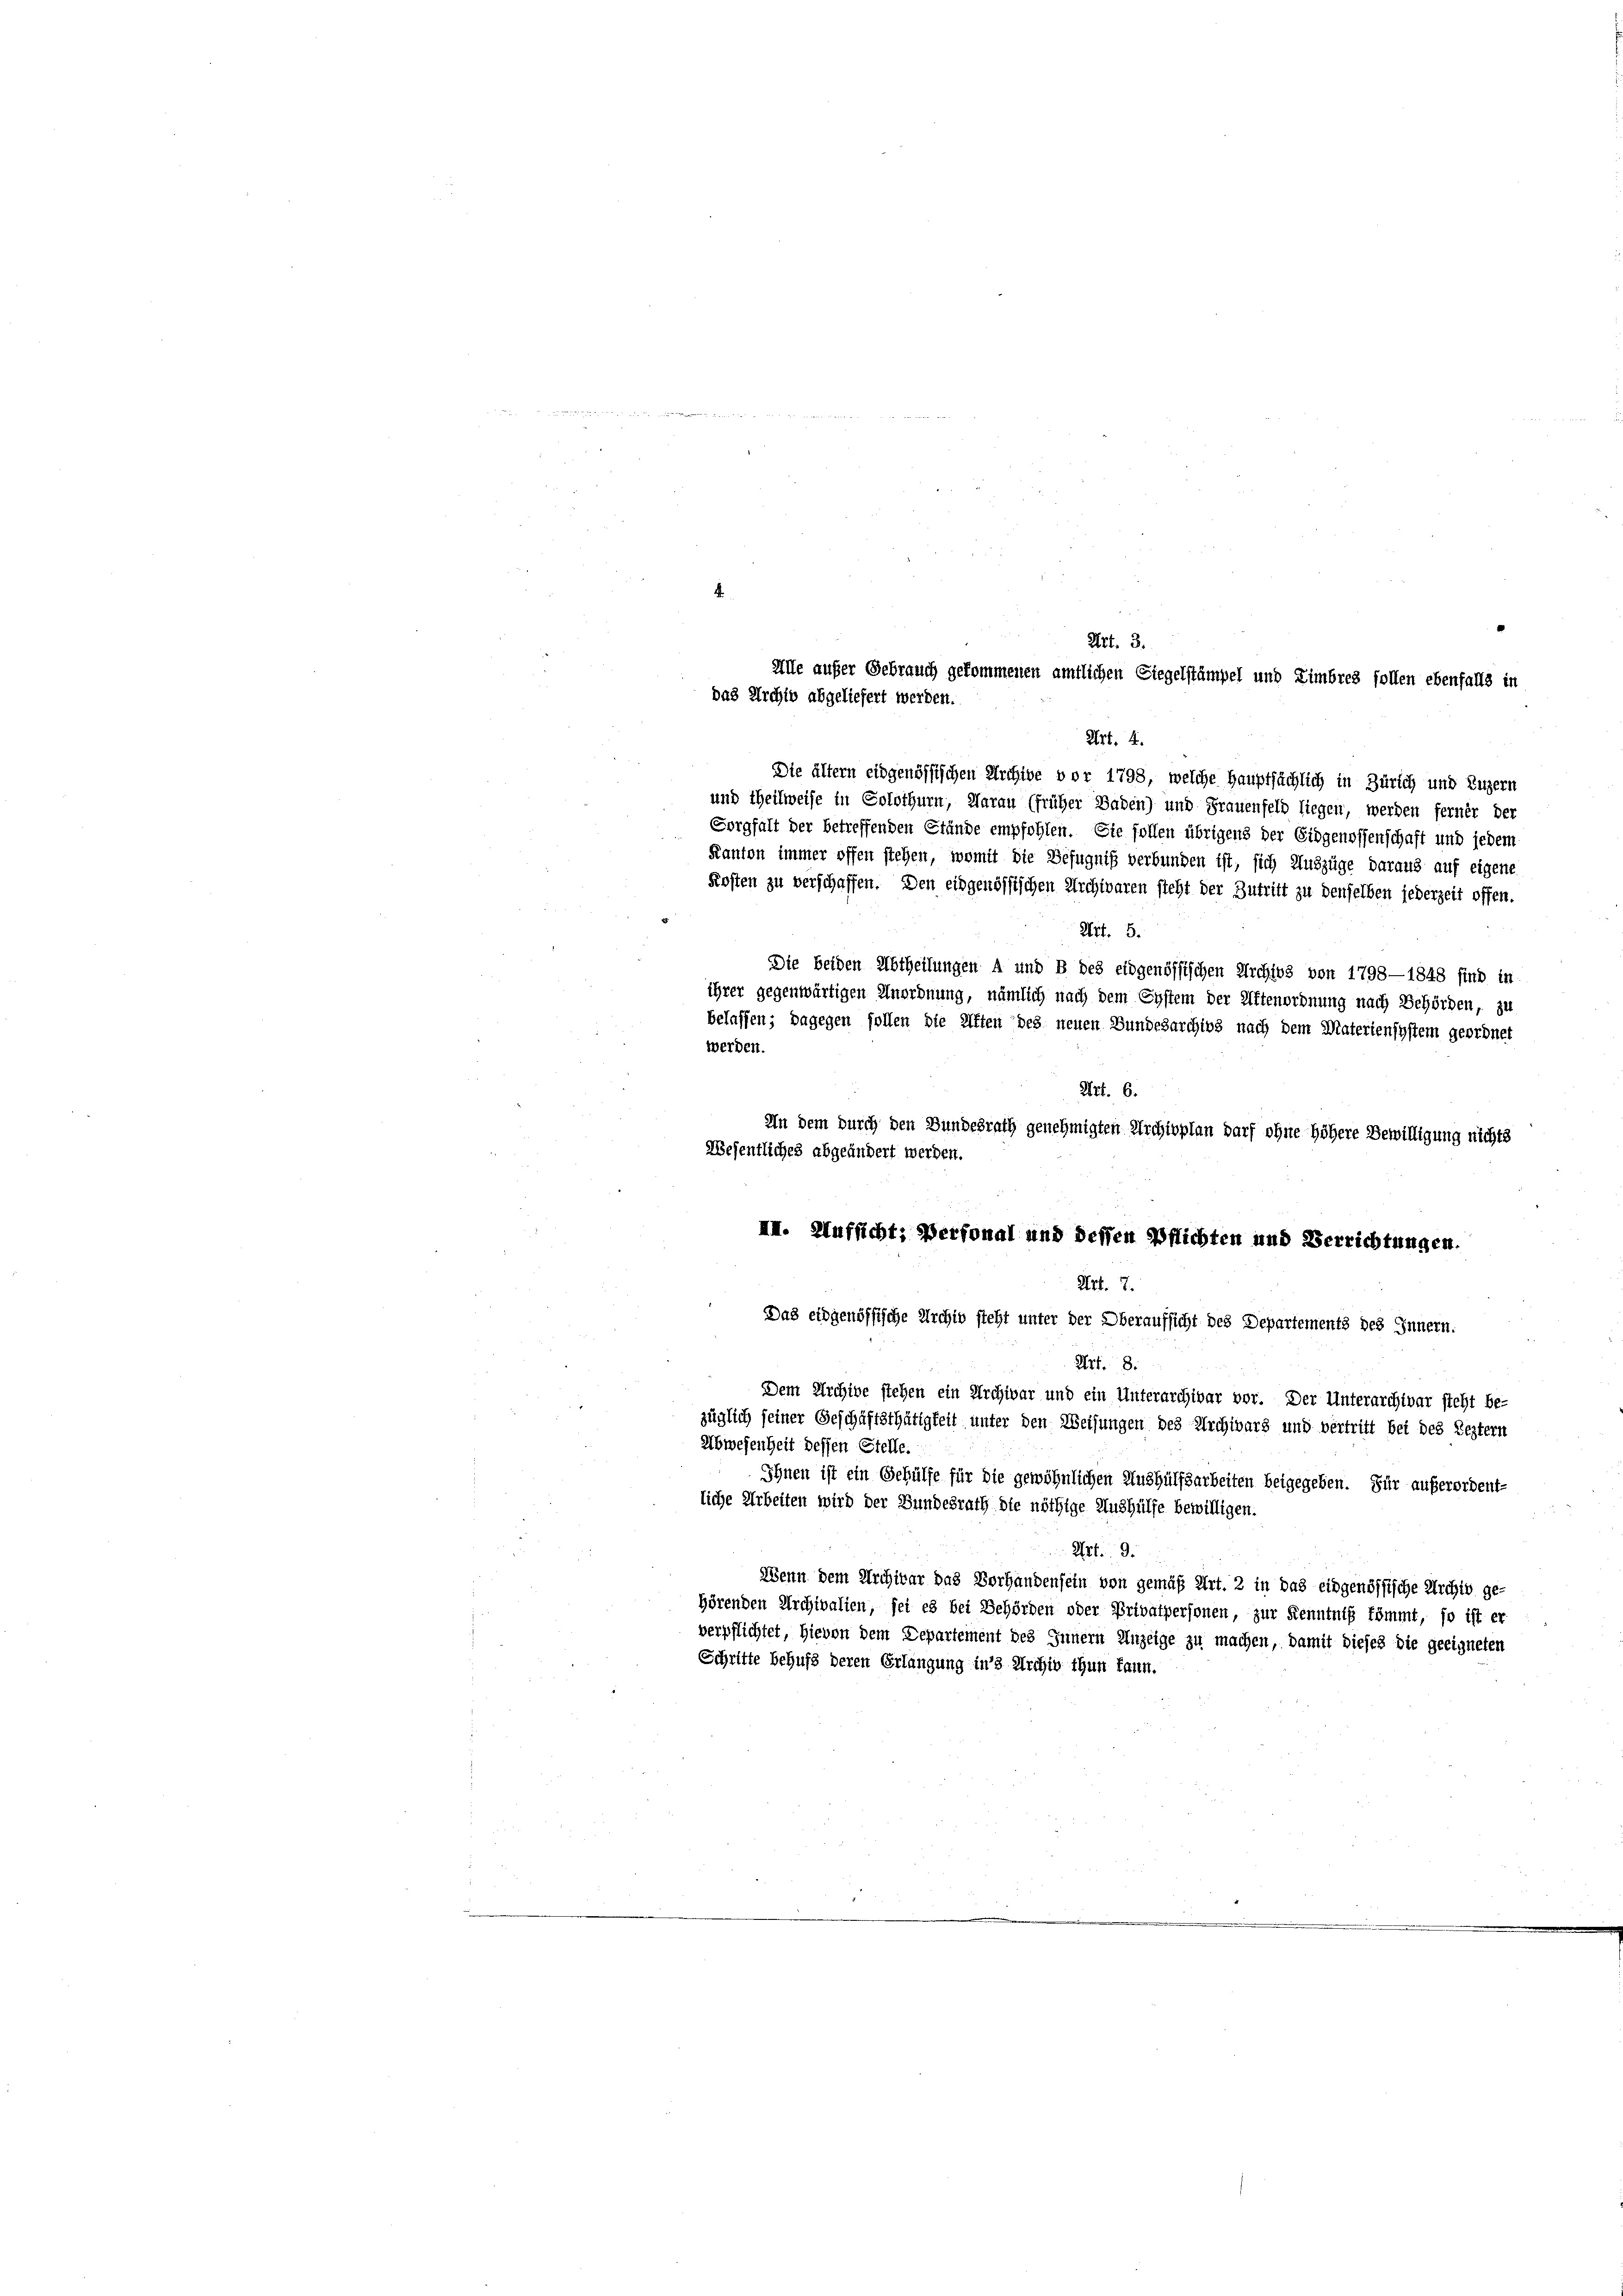
Art. 4.
Die ältern eidgenössischen Archive vor 1798, welche Hauptsächlich in Zürich und Luzern
und theilweise in Solothurn, Warau (früher Baden) und Frauenfeld liegen, werden ferner der
Sorgfalt der betreffenden Stände empfohlen. Sie sollen übrigens der Eidgenossenschaft und jedem
Kanton immer offen stehen, womit die Befugniß verbunden ist, sich Auszüge daraus auf eigene
Kosten zu verschaffen. Den eidgenössischen Archivaren steht der Zutritt zu denselben jederzeit offen.
Art. 5.
Die beiden Abtheilungen A und B des eidgenössischen Archivs von 1798—1848 sind in
ihrer gegenwärtigen Anordnung, nämlich nach dem System der Aftenordnung nach Behörden, zu
belassen; dagegen sollen die Aften des neuen Bundesarchivs nach dem Materiensystem geordnet
Art. 6.
In dem durch den Bundesrath genehmigten Archioplan darf ohne höhere Bewilligung nichts
Wesentliches abgeändert werden.
III. Aufsicht, Personal und dessen Pflichten und Verrichtungen.
Art. 7.
Das eidgenössische Archiv steht unter der Oberaufsicht des Departements des Innern.
Art. 8.
Dem Archive stehen ein Archivar und ein Unterarchivar vor. Der Unterarchivar steht be-
züglich seiner Geschäftsthätigkeit unter den Weisungen des Archivars und vertritt bei des Leztern
Abwesenheit dessen Stelle.
Ihnen ist ein Gehülfe für die gewöhnlichen Aushülfsarbeiten beigegeben. Für außerordent-
liche Arbeiten wird der Bundesrath die nöthige Aushülfe bewilligen.
Art. 9.
Wenn dem Archivar das Vorhandensein von gemäß Art. 2 in das eidgenössische Archiv ge-
hörenden Archivalien, sei es bei Behörden oder Privatpersonen, zur Kenntniß tömmt, so ist er
verpflichtet, hievon dem Departement des Innern Anzeige zu machen, damit dieses die geeigneten
Schritte behufs deren Erlangung ins Archiv thun kann.

Art. 3.
Alle aufer Gebrauch gekommenen amtlichen Siegelstämpel und Zimbres sollen ebenfalls in
das Archiv abgeliefert werden.

werden.